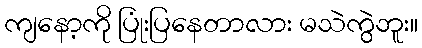
ကျနော့ကို ပြုံးပြနေတာလား မသဲကွဲဘူး။